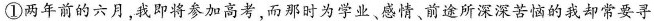
①两年前的六月，我即将参加高考，而那时为学业、感情、前途所深深苦恼的我却常要寻